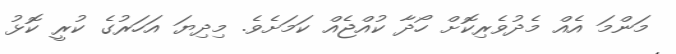
މަންމަ އެއް މެދުވެރިކޮށް ހޯދާ ކުއްޖެއް ކަމަށެވެ. މިދިޔަ އަހަރުގެ ކުރީ ކޮޅު